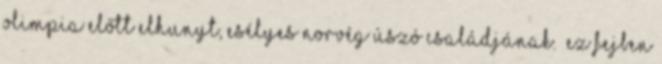
olimpia előtt elhunyt, esélyes norvég úszó családjának. „Ez fejben